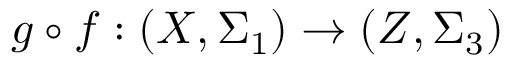
g \circ f : ( X , \Sigma _ { 1 } ) \to ( Z , \Sigma _ { 3 } )